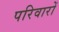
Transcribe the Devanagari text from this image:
परिवारों